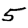
Digit: 5